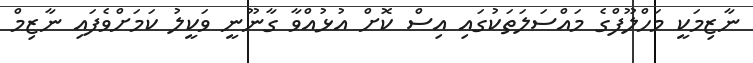
ނާޒިމަކީ މަހްލޫފްގެ މައްސަލަތަކުގައި އިސް ކޮށް އުޅުއްވާ ގާނޫނީ ވަކީލު ކަމަށްވެފައި ނާޒިމް